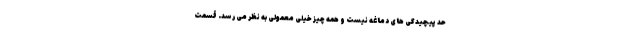
حد پیچیدگی های دماغه نیست و همه چیز خیلی معمولی به نظر می رسد. قسمت